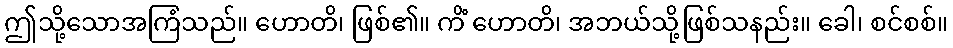
ဤသို့သောအကြံသည်။ ဟောတိ၊ ဖြစ်၏။ ကိံ ဟောတိ၊ အဘယ်သို့ဖြစ်သနည်း။ ခေါ၊ စင်စစ်။